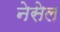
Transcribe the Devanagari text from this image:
नेसेल